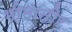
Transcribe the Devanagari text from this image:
भीमातीर